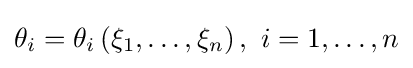
\theta _{i}=\theta _{i}\left(\xi _{1},\ldots ,\xi _{n}\right),\ i=1,\ldots ,n